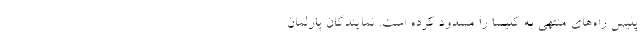
پلیس راه‌های منتهی به کلیسا را مسدود کرده است. نمایندگان پارلمان